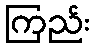
ကြည်း